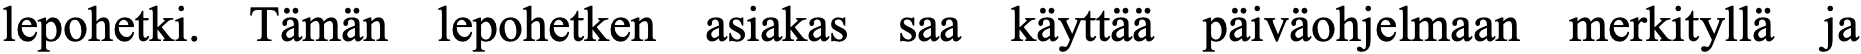
lepohetki. Tämän lepohetken asiakas saa käyttää päiväohjelmaan merkityllä ja